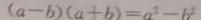
( a - b ) ( a + b ) = a ^ { 2 } - 6 ^ { 2 }